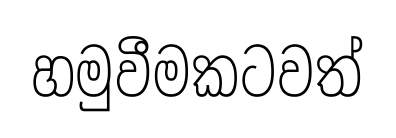
හමුවීමකටවත්